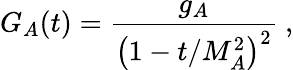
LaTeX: G_{A}(t)=\frac{g_{A}}{\left(1-t/M_{A}^{2}\right)^{2}}~,